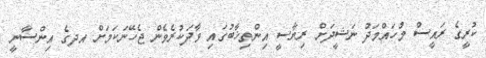
ކުރީގެ ރައީސް މުހައްމަދު ނަޝީދަށް ރިޔާސީ އިންތިޚާބުގައި ވާދަކުރެވެން ޖެހޭނަކަމަށް އދގެ އިންސާނީ